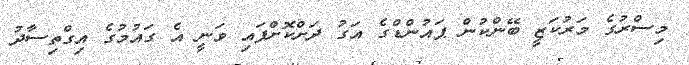
މިސްރުގެ މަރުކަޒީ ބޭންކުން ޕައުންޑްގެ އަގު ދަށްކޮށްފައި ވަނީ އެ ގައުމުގެ އިގްތިސާދު